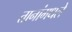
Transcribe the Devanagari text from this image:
तानांमधले